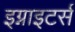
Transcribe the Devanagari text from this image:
इग्नाइटर्स